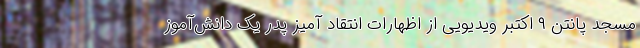
مسجد پانتن ۹ اکتبر ویدیویی از اظهارات انتقاد آمیز پدر یک دانش‌آموز